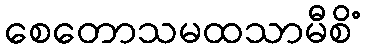
စေတောသမထသာမီစိံ